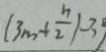
( 3 m + \frac { n } { 2 } ) - 3